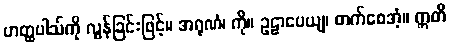
ဟတ္ထပါသ်ကို လွန်ခြင်းဖြင့်။ အရုဏံ၊ ကို။ ဥဠာပေယျ၊ တက်စေအံ့။ ဣတိ